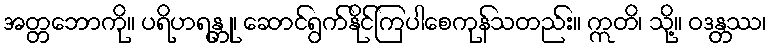
အတ္တဘောကို။ ပရိဟရန္တု၊ ဆောင်ရွက်နိုင်ကြပါစေကုန်သတည်း။ ဣတိ၊ သို့။ ဝဒန္တဿ၊